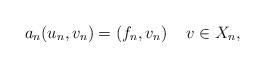
LaTeX: \begin{align*} a_n(u_n, v_n)=(f_n, v_n) \quad\, v\in X_n,\end{align*}